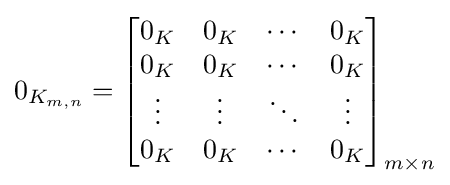
0_{K_{m,n}}={\begin{bmatrix}0_{K}&0_{K}&\cdots &0_{K}\\0_{K}&0_{K}&\cdots &0_{K}\\\vdots &\vdots &\ddots &\vdots \\0_{K}&0_{K}&\cdots &0_{K}\end{bmatrix}}_{m\times n}